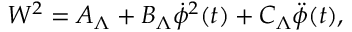
W ^ { 2 } = A _ { \Lambda } + B _ { \Lambda } \dot { \phi } ^ { 2 } ( t ) + C _ { \Lambda } \ddot { \phi } ( t ) ,